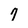
Character: 9